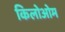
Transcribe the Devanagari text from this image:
किलोओम